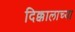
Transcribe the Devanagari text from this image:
दिक्कालाच्या